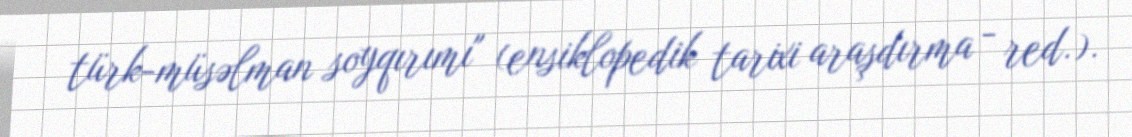
türk-müsəlman soyqırımı" (ensiklopedik tarixi araşdırma - red.).